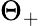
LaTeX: \Theta_{+}